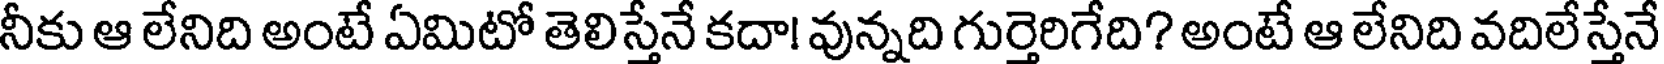
నీకు ఆ లేనిది అంటే ఏమిటో తెలిస్తేనే కదా! వున్నది గుర్తెరిగేది? అంటే ఆ లేనిది వదిలేస్తేనే